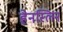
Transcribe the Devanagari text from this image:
हेनस्लिन